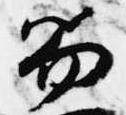
笏